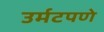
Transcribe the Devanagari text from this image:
उर्मटपणे